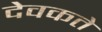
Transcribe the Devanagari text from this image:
देवकते